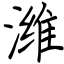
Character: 潍